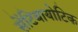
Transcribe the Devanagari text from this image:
सेंटिबायोटिक